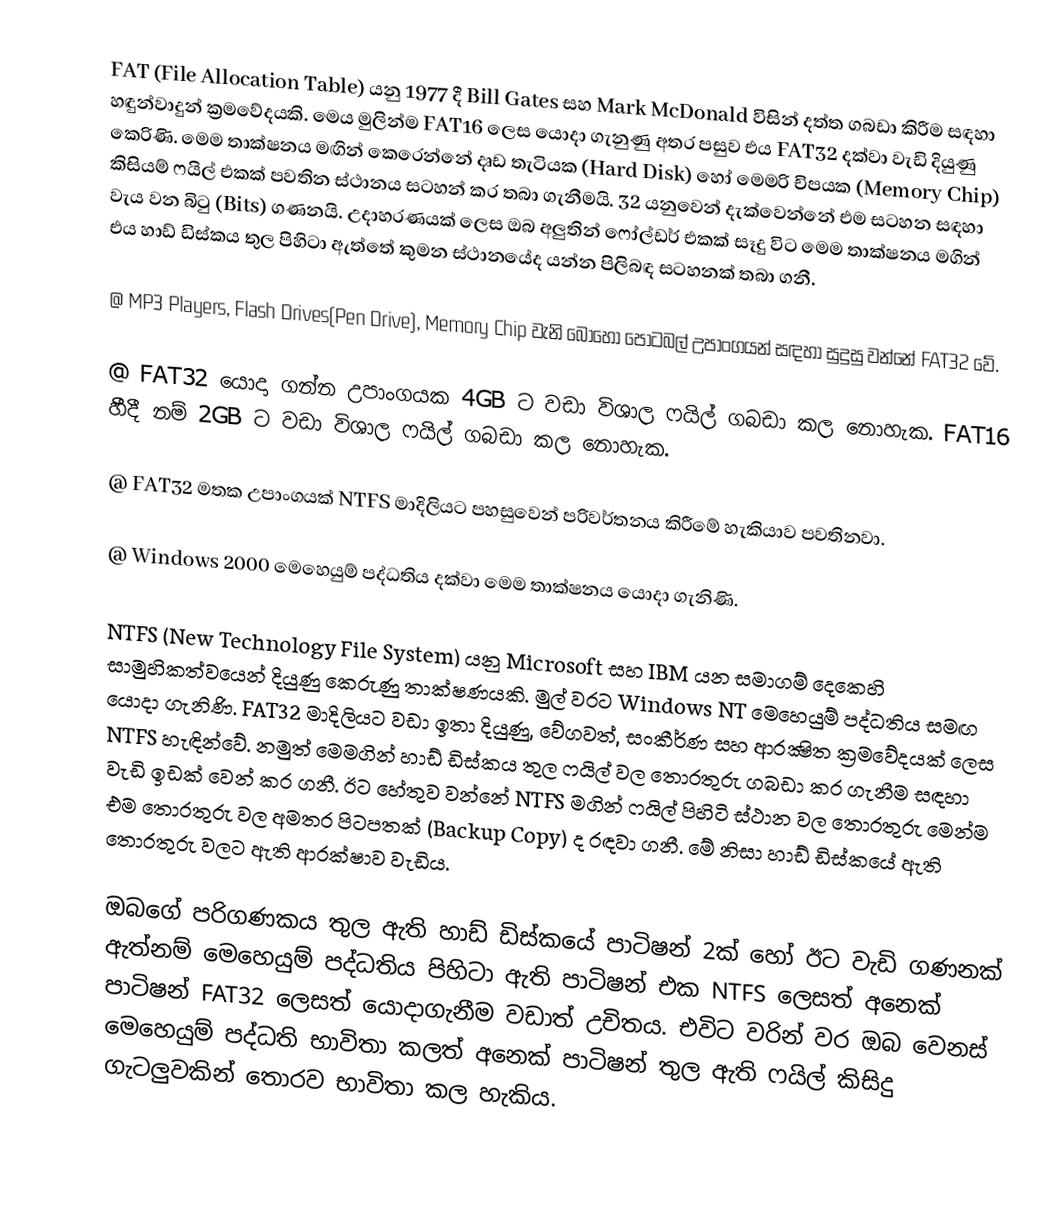
FAT (File Allocation Table) යනු 1977 දී Bill Gates සහ Mark McDonald විසින් දත්ත ගබඩා කිරීම සඳහා හඳුන්වාදුන් ක්‍රමවේදයකි. මෙය මුලින්ම FAT16 ලෙස යොදා ගැනුණු අතර පසුව එය FAT32 දක්වා වැඩි දියුණු කෙරිණි. මෙම තාක්ෂනය මඟින් කෙරෙන්නේ දෘඩ තැටියක (Hard Disk) හෝ මෙමරි චිපයක (Memory Chip) කිසියම් ෆයිල් එකක් පවතින ස්ථානය සටහන් කර තබා ගැනීමයි. 32 යනුවෙන් දැක්වෙන්නේ එම සටහන සඳහා වැය වන බිටු (Bits) ගණනයි. උදාහරණයක් ලෙස ඔබ අලුතින් ෆෝල්ඩර් එකක් සෑදු විට මෙම තාක්ෂනය මගින් එය හාඩ් ඩිස්කය තුල පිහිටා ඇත්තේ කුමන ස්ථානයේද යන්න පිලිබඳ සටහනක් තබා ගනී.

@ MP3 Players, Flash Drives(Pen Drive), Memory Chip වැනි බොහෝ පෝටබල් උපාංගයන් සඳහා සුදුසු වන්නේ FAT32 වේ.

@ FAT32 යොදා ගන්න උපාංගයක 4GB ට වඩා විශාල ෆයිල් ගබඩා කල නොහැක. FAT16 හීදී නම් 2GB ට වඩා විශාල ෆයිල් ගබඩා කල නොහැක.

@ FAT32 මතක උපාංගයක් NTFS මාදිලියට පහසුවෙන් පරිවර්තනය කිරීමේ හැකියාව පවතිනවා.

@ Windows 2000 මෙහෙයුම් පද්ධතිය දක්වා මෙම තාක්ෂනය යොදා ගැනිණි.

NTFS (New Technology File System) යනු Microsoft සහ IBM යන සමාගම් දෙකෙහි සාමුහිකත්වයෙන් දියුණු කෙරුණු තාක්ෂණයකි. මුල් වරට Windows NT මෙහෙයුම් පද්ධතිය සමඟ යොදා ගැනිණි. FAT32 මාදිලියට වඩා ඉතා දියුණු, වේගවත්, සංකීර්ණ සහ ආරක්‍ෂිත ක්‍රමවේදයක් ලෙස NTFS හැඳින්වේ. නමුත් මෙමගින් හාඩ් ඩිස්කය තුල ෆයිල් වල තොරතුරු ගබඩා කර ගැනීම සඳහා වැඩි ඉඩක් වෙන් කර ගනී. ඊට හේතුව වන්නේ NTFS මගින් ෆයිල් පිහිටි ස්ථාන වල තොරතුරු මෙන්ම එම තොරතුරු වල අමතර පිටපතක් (Backup Copy) ද රඳවා ගනී. මේ නිසා හාඩ් ඩිස්කයේ ඇති තොරතුරු වලට ඇති ආරක්ෂාව වැඩිය.

ඔබගේ පරිගණකය තුල ඇති හාඩ් ඩිස්කයේ පාටිෂන් 2ක් හෝ ඊට වැඩි ගණනක් ඇත්නම් මෙහෙයුම් පද්ධතිය පිහිටා ඇති පාටිෂන් එක NTFS ලෙසත් අනෙක් පාටිෂන් FAT32 ලෙසත් යොදාගැනීම වඩාත් උචිතය. එවිට වරින් වර ඔබ වෙනස් මෙහෙයුම් පද්ධති භාවිතා කලත් අනෙක් පාටිෂන් තුල ඇති ෆයිල් කිසිදු ගැටලුවකින් තොරව භාවිතා කල හැකිය.